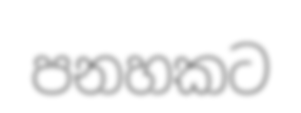
පනහකට